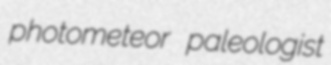
photometeor paleologist